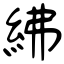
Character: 紼